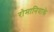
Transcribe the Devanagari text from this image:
रोमानियाके